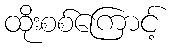
ထိုးစစ်ကြောင့်